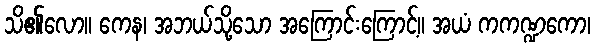
သိ၏လော။ ကေန၊ အဘယ်သို့သော အကြောင်းကြောင့်။ အယံ ကကဏ္ဍကော၊